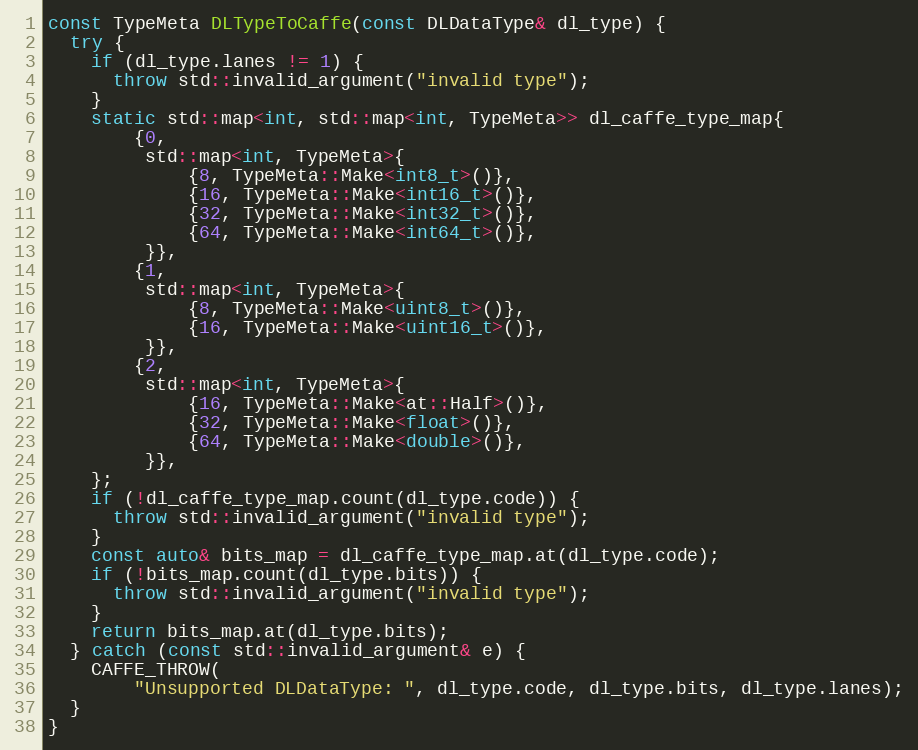
Language: C++
const TypeMeta DLTypeToCaffe(const DLDataType& dl_type) {
  try {
    if (dl_type.lanes != 1) {
      throw std::invalid_argument("invalid type");
    }
    static std::map<int, std::map<int, TypeMeta>> dl_caffe_type_map{
        {0,
         std::map<int, TypeMeta>{
             {8, TypeMeta::Make<int8_t>()},
             {16, TypeMeta::Make<int16_t>()},
             {32, TypeMeta::Make<int32_t>()},
             {64, TypeMeta::Make<int64_t>()},
         }},
        {1,
         std::map<int, TypeMeta>{
             {8, TypeMeta::Make<uint8_t>()},
             {16, TypeMeta::Make<uint16_t>()},
         }},
        {2,
         std::map<int, TypeMeta>{
             {16, TypeMeta::Make<at::Half>()},
             {32, TypeMeta::Make<float>()},
             {64, TypeMeta::Make<double>()},
         }},
    };
    if (!dl_caffe_type_map.count(dl_type.code)) {
      throw std::invalid_argument("invalid type");
    }
    const auto& bits_map = dl_caffe_type_map.at(dl_type.code);
    if (!bits_map.count(dl_type.bits)) {
      throw std::invalid_argument("invalid type");
    }
    return bits_map.at(dl_type.bits);
  } catch (const std::invalid_argument& e) {
    CAFFE_THROW(
        "Unsupported DLDataType: ", dl_type.code, dl_type.bits, dl_type.lanes);
  }
}